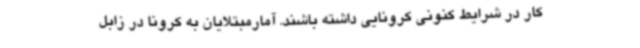
کار در شرایط کنونی کرونایی داشته باشند. آمارمبتلایان به کرونا در زابل